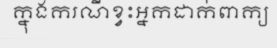
ក្នុងករណីខ្វះអ្នកដាក់ពាក្យ